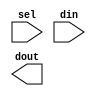
/**@file
 * Generated by 'gen_pmux.py'
 * IMPORTANT: Do NOT modify this file manually! 
 */
 
/*
Copyright 2021 GaoZiBo <diyer175@hotmail.com>
Powered by YSYX https://oscpu.github.io/ysyx

Licensed under The MIT License (MIT).
-------------------------------------
Permission is hereby granted, free of charge, to any person obtaining a copy of
this software and associated documentation files (the "Software"), to deal in
the Software without restriction, including without limitation the rights to
use, copy, modify, merge, publish, distribute, sublicense, and/or sell copies of
the Software, and to permit persons to whom the Software is furnished to do so,
subject to the following conditions:

The above copyright notice and this permission notice shall be included in all
copies or substantial portions of the Software.

THE SOFTWARE IS PROVIDED "AS IS", WITHOUT WARRANTY OF ANY KIND, EXPRESS OR
IMPLIED,INCLUDING BUT NOT LIMITED TO THE WARRANTIES OF MERCHANTABILITY, FITNESS
FOR A PARTICULAR PURPOSE AND NONINFRINGEMENT. IN NO EVENT SHALL THE AUTHORS OR
COPYRIGHT HOLDERS BE LIABLE FOR ANY CLAIM, DAMAGES OR OTHER LIABILITY, WHETHER
IN AN ACTION OF CONTRACT, TORT OR OTHERWISE, ARISING FROM, OUT OF OR IN
CONNECTION WITH THE SOFTWARE OR THE USE OR OTHER DEALINGS IN THE SOFTWARE.
 */

module pmux
#(
   parameter SELW = 0,
   parameter DW = 0
)
(
   input [SELW-1:0] sel,
   input [DW*SELW-1:0] din,
   output reg [DW-1:0] dout

);

   generate
      
      if (SELW==2)
         begin : gen_enc_2
            always @(*)
                begin

                    casez(sel)
                       2'b?1: dout = din[0*DW +: DW];
                       2'b10: dout = din[1*DW +: DW];
                       default: begin dout = din[0 +: DW]; end
                    endcase
                end
         end

      else

      if (SELW==3)
         begin : gen_enc_3
            always @(*)
                begin

                    casez(sel)
                       3'b??1: dout = din[0*DW +: DW];
                       3'b?10: dout = din[1*DW +: DW];
                       3'b100: dout = din[2*DW +: DW];
                       default: begin dout = din[0 +: DW]; end
                    endcase
                end
         end

      else

      if (SELW==4)
         begin : gen_enc_4
            always @(*)
                begin

                    casez(sel)
                       4'b???1: dout = din[0*DW +: DW];
                       4'b??10: dout = din[1*DW +: DW];
                       4'b?100: dout = din[2*DW +: DW];
                       4'b1000: dout = din[3*DW +: DW];
                       default: begin dout = din[0 +: DW]; end
                    endcase
                end
         end

      else

      if (SELW==5)
         begin : gen_enc_5
            always @(*)
                begin

                    casez(sel)
                       5'b????1: dout = din[0*DW +: DW];
                       5'b???10: dout = din[1*DW +: DW];
                       5'b??100: dout = din[2*DW +: DW];
                       5'b?1000: dout = din[3*DW +: DW];
                       5'b10000: dout = din[4*DW +: DW];
                       default: begin dout = din[0 +: DW]; end
                    endcase
                end
         end

      else

      if (SELW==6)
         begin : gen_enc_6
            always @(*)
                begin

                    casez(sel)
                       6'b?????1: dout = din[0*DW +: DW];
                       6'b????10: dout = din[1*DW +: DW];
                       6'b???100: dout = din[2*DW +: DW];
                       6'b??1000: dout = din[3*DW +: DW];
                       6'b?10000: dout = din[4*DW +: DW];
                       6'b100000: dout = din[5*DW +: DW];
                       default: begin dout = din[0 +: DW]; end
                    endcase
                end
         end

      else

      if (SELW==7)
         begin : gen_enc_7
            always @(*)
                begin

                    casez(sel)
                       7'b??????1: dout = din[0*DW +: DW];
                       7'b?????10: dout = din[1*DW +: DW];
                       7'b????100: dout = din[2*DW +: DW];
                       7'b???1000: dout = din[3*DW +: DW];
                       7'b??10000: dout = din[4*DW +: DW];
                       7'b?100000: dout = din[5*DW +: DW];
                       7'b1000000: dout = din[6*DW +: DW];
                       default: begin dout = din[0 +: DW]; end
                    endcase
                end
         end

      else

      if (SELW==8)
         begin : gen_enc_8
            always @(*)
                begin

                    casez(sel)
                       8'b???????1: dout = din[0*DW +: DW];
                       8'b??????10: dout = din[1*DW +: DW];
                       8'b?????100: dout = din[2*DW +: DW];
                       8'b????1000: dout = din[3*DW +: DW];
                       8'b???10000: dout = din[4*DW +: DW];
                       8'b??100000: dout = din[5*DW +: DW];
                       8'b?1000000: dout = din[6*DW +: DW];
                       8'b10000000: dout = din[7*DW +: DW];
                       default: begin dout = din[0 +: DW]; end
                    endcase
                end
         end

      else

      if (SELW==9)
         begin : gen_enc_9
            always @(*)
                begin

                    casez(sel)
                       9'b????????1: dout = din[0*DW +: DW];
                       9'b???????10: dout = din[1*DW +: DW];
                       9'b??????100: dout = din[2*DW +: DW];
                       9'b?????1000: dout = din[3*DW +: DW];
                       9'b????10000: dout = din[4*DW +: DW];
                       9'b???100000: dout = din[5*DW +: DW];
                       9'b??1000000: dout = din[6*DW +: DW];
                       9'b?10000000: dout = din[7*DW +: DW];
                       9'b100000000: dout = din[8*DW +: DW];
                       default: begin dout = din[0 +: DW]; end
                    endcase
                end
         end
`ifndef SYNTHESIS
else
      begin : gen_enc_fail
            initial
                $fatal("\n Unimplemented size. Please update parameters of generator. \n");
         end
`endif

    endgenerate

endmodule